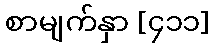
စာမျက်နှာ [၄၁၁]